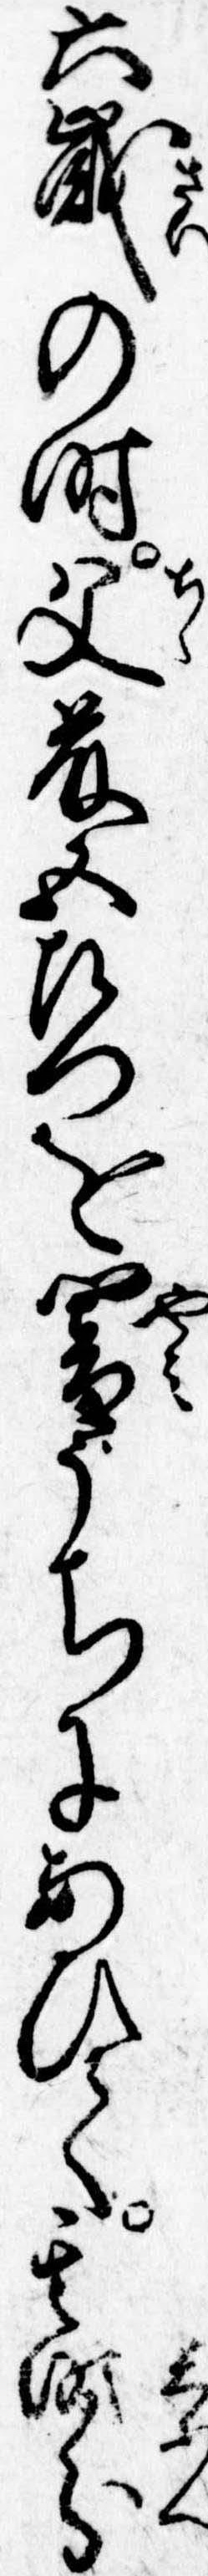
六歳の時父藤五左門を闇うちにあひて其時分